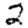
Digit: 2